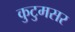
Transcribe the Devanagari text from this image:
कुटुमसर